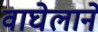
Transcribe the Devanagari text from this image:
वाघेलाने